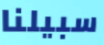
سبيلنا